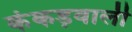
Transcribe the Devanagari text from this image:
कंकड़वाली